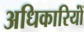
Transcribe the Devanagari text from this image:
अधिकारियोंं